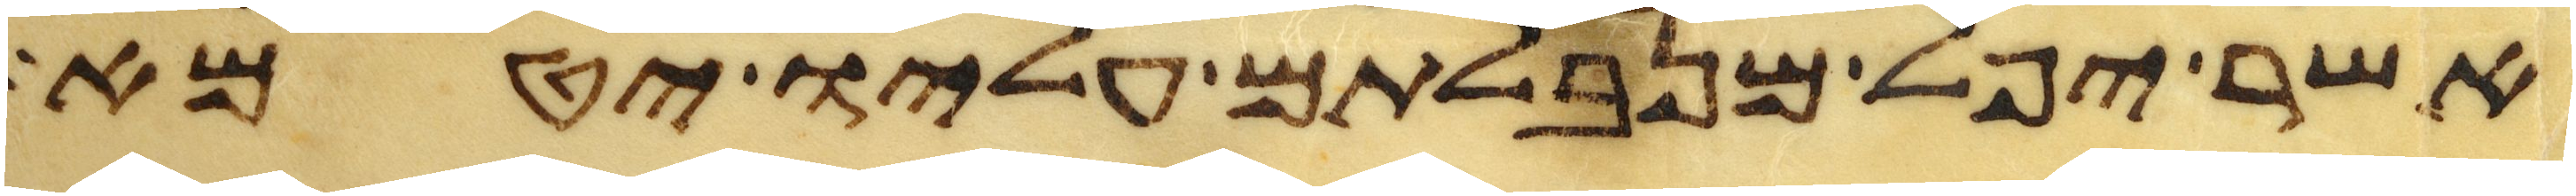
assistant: אשר יפל מנבלתם עליו יטמא